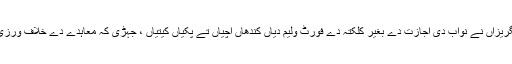
اولا انگریزاں نے نواب دی اجازت دے بغیر کلکتہ دے فورٹ ولیم دیاں کندھاں اچّیاں تے پکیاں کیتیاں ، جہڑی کہ معاہدے دے خلاف ورزی سی ۔